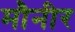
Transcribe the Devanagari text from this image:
मौनीर